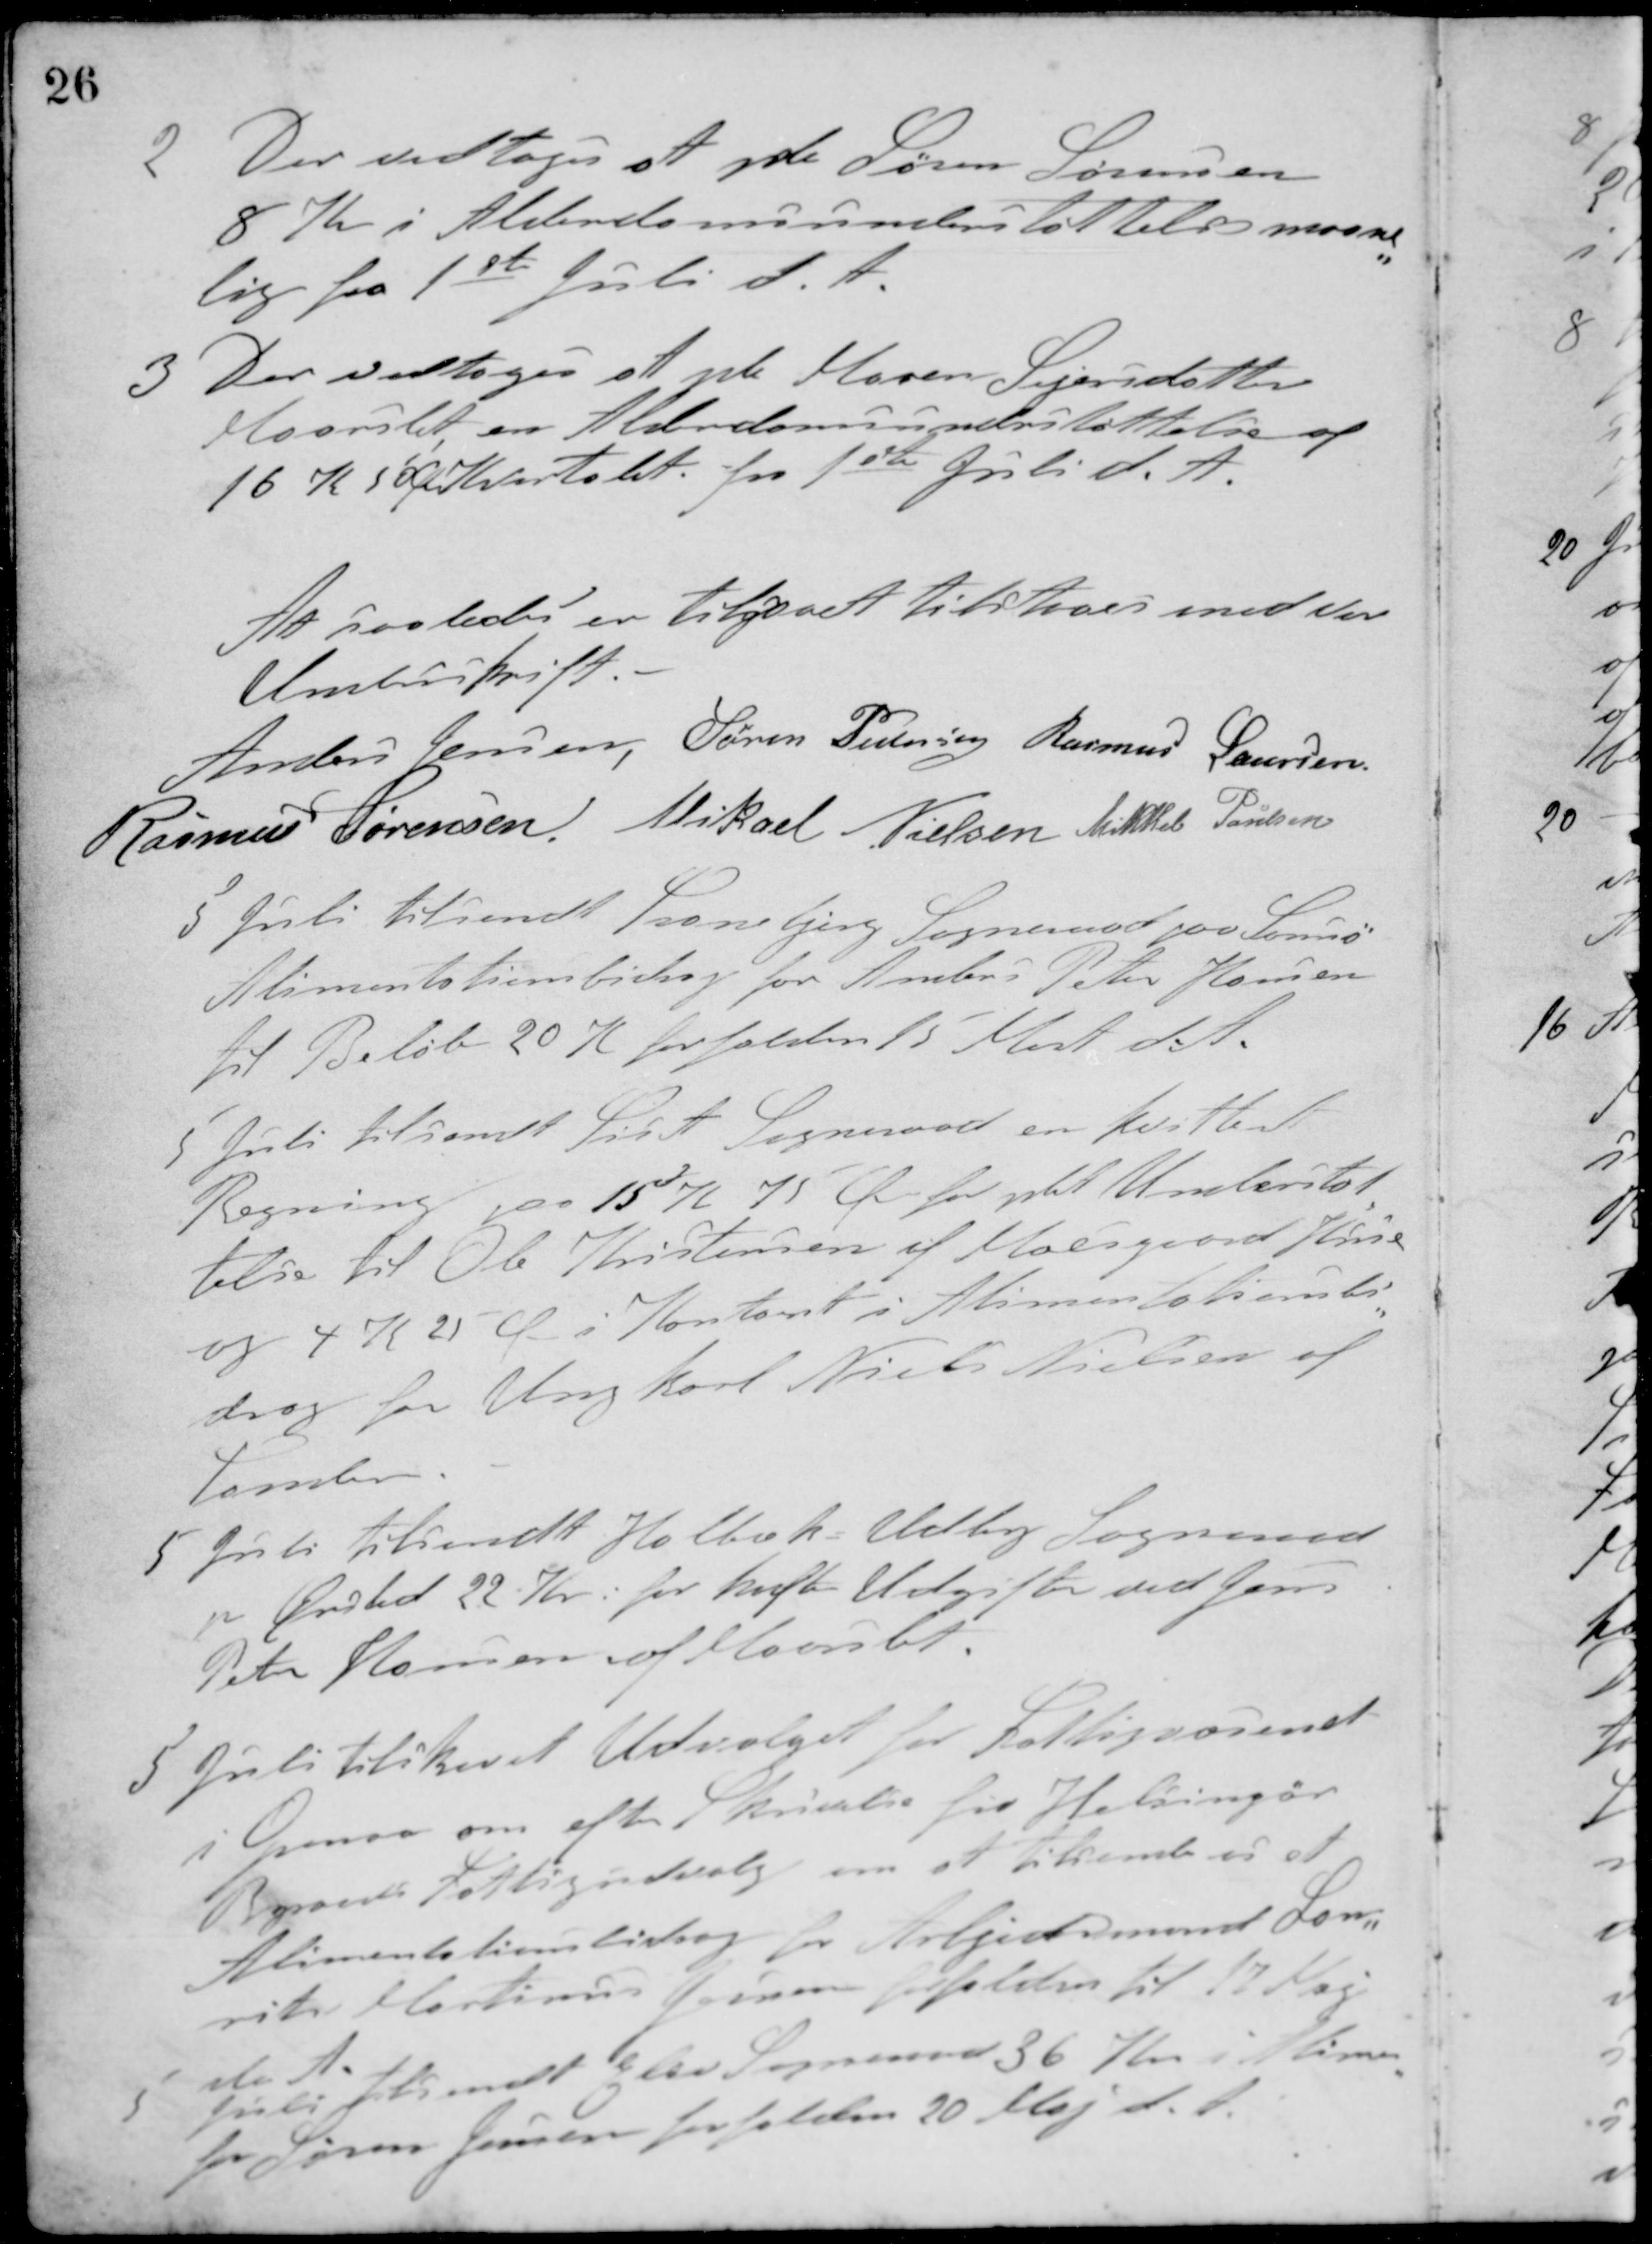
Transskription:
2 Der vedtoges at yde Søren Sørensen
8 Kr. i Alderdomsunderstøttelse maaned-
lig fra 1ste Juli d. A.
3 Der vedtoges at yde Maren Sejersdatter
Maarslet en Alderdomsunderstøttelse af
16 K. 5 Ø Kvartalet fra 1ste Juli d. A.
At saaledes er tilgaaet tilstaaes med vor
Underskrift
Anders Jensen Søren Pedersen Rasmus Laursen
Rasmus Sørensen Mikael Nielsen Mikkel Poulsen
3 Juli tilsendt Tranebjerg Sogneraad paa Samsø
Alimentationsbidrag for Anders Peter Hansen
til Beløb 20 K. forfalden 15 Mart d. A.
5 Juli tilsendt Siset Sogneraad en kvitteret
Regning paa 15 K. 75 Øre for ydet Understøt-
telse til Ole Kristensen af Moesgaard Huse
og 4 K. 25 Ø i Kontant i Alimentationsbi-
drag for Ungkarl Niels Nielsen af
Tomlev.
5 Juli tilsendt Holbæk-Udby Sogneraad
pr. Ørsted 22 Kr. for hafte Udgifter ved Jens
Peter Hansen af Maarslet
5 Juli tilskrevet Udvalget for Fattigvæsenet
i Grenaa om efter Skrivelse fra Helsingør
Byraads Fattigudvalg om at tilsende os
Alimentationsbidrag for Arbjedsmand Lau-
rits Martinus Jensen forfalden til 17 Maj
d. A.
5 Juli tilsendt Elev Sogneraad 36 Kr. i Alimen.
for Søren Jensen forfalden 20 Maj d. A.